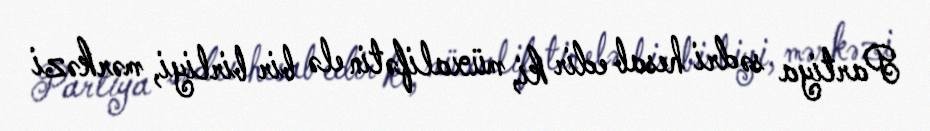
Partiya sədri hesab edir ki, müxalifətin elə bir birliyi, mərkəzi